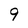
Character: 9